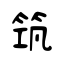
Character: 筑